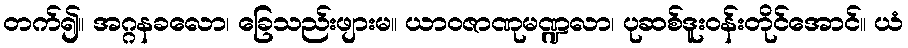
တက်၍။ အဂ္ဂနခလော၊ ခြေသည်းဖျားမ။ ယာဝဇာဏုမဏ္ဍလာ၊ ပုဆစ်ဒူးဝန်းတိုင်အောင်။ ယံ